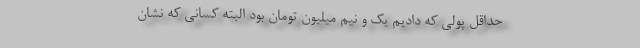
حداقل پولی که دادیم یک و نیم میلیون تومان بود البته کسانی که نشان